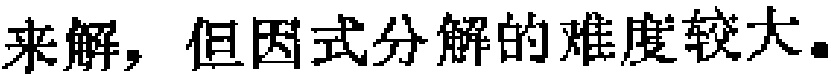
来解，但因式分解的难度较大。